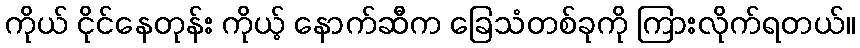
ကိုယ် ငိုင်နေတုန်း ကိုယ့် နောက်ဆီက ခြေသံတစ်ခုကို ကြားလိုက်ရတယ်။